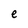
Character: e